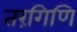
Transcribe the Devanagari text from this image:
तरंगिणि